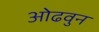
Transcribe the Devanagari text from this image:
ओढवुन